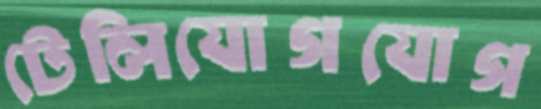
টেলিযোগযোগ